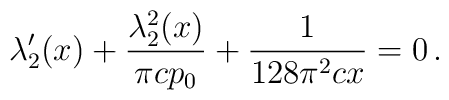
\lambda_2'(x)+\frac{\lambda_2^2(x)}{\pi c p_0}+\frac{1}{128\pi^2c x}=0\,.